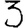
Digit: 3